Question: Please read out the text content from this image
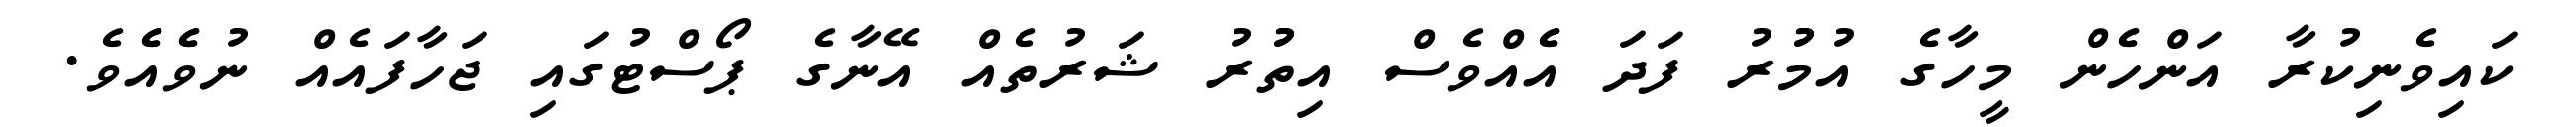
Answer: ކައިވެނިކުރާ އަންހެެން މީހާގެ އުމުުރު ފަދަ އެެއްވެސް އިތުުރު ޝަރުތެއް އޭނާގެ ޕޯސްޓުގައި ޖަހާފައެއް ނުވެެއެެވެ.